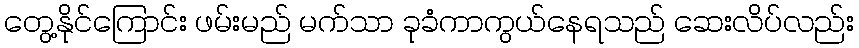
တွေ့နိုင်ကြောင်း ဖမ်းမည် မက်သာ ခုခံကာကွယ်နေရသည် ဆေးလိပ်လည်း